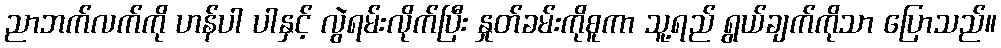
ညာဘက်လက်ကို ဟန်ပါ ပါနှင့် လွဲရမ်းလိုက်ပြီး နှုတ်ခမ်းကိုစူကာ သူ့ရည် ရွယ်ချက်ကိုသာ ပြောသည်။